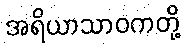
အရိယာသာဝကတို့